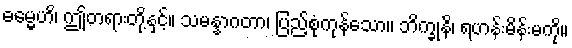
ဓမ္မေဟိ၊ ဤတရားတို့နှင့်။ သမန္နာဂတာ၊ ပြည့်စုံကုန်သော။ ဘိက္ခုနိ၊ ရဟန်းမိန်းမကို။